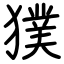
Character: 獛